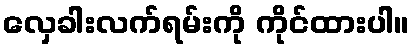
လှေခါးလက်ရမ်းကို ကိုင်ထားပါ။